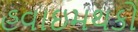
હવાઇમથકો